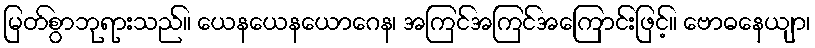
မြတ်စွာဘုရားသည်။ ယေနယေနယောဂေန၊ အကြင်အကြင်အကြောင်းဖြင့်။ ဗောဓနေယျာ၊